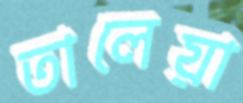
তালেয়া